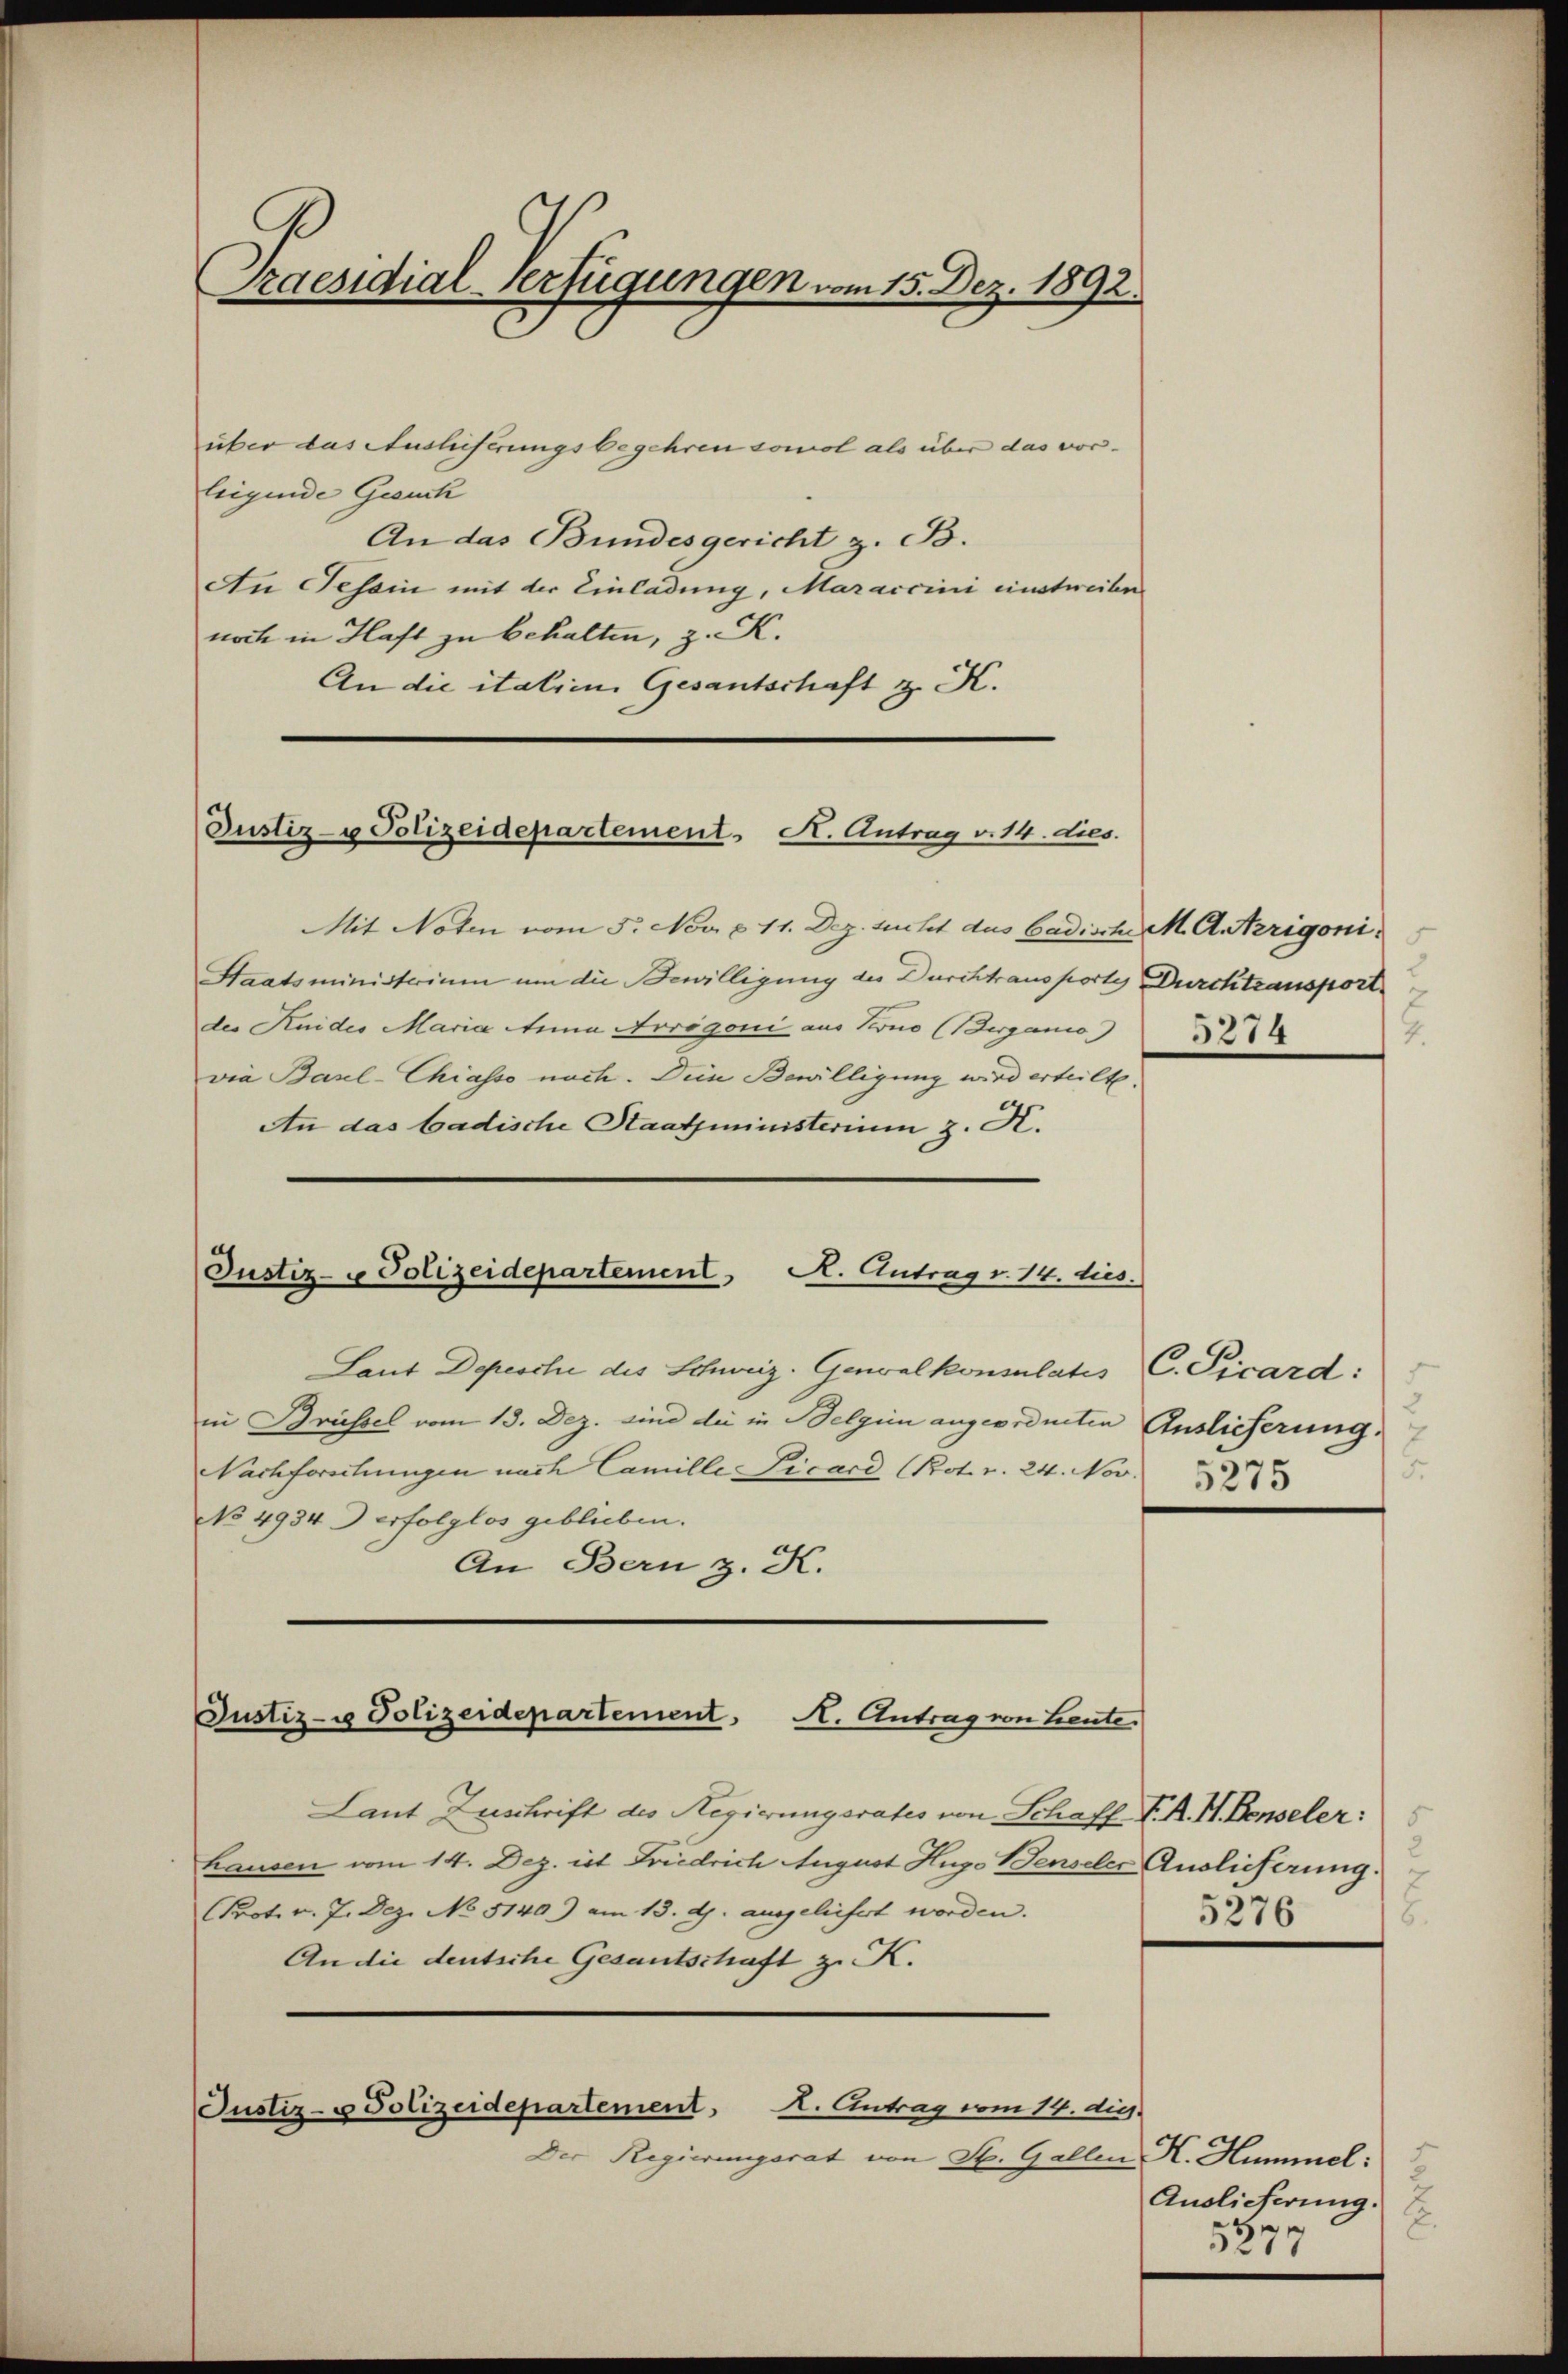
Praesidial-Verfügungen vom 15. Dez. 1892.

über das Auslieferungsbegehren sowol als über das vor-
leigende Gesuch
An das Bundesgericht z. B.
An Tessin mit der Einladung, Maraccini einstweilen
noch in Haft zu behalten, z. K.
An die italien Gesantschaft z. K.

Justiz- u Polizeidepartement. A. Antrag v. 14. dies.

Mit Noten vom 5. Nov. p. 11. Dez. sucht dus badische M. A. Azrigonis
Staatsministerium um die Bewilligung des Durchtransporte Durchtransport
der Knides Maria Anna Arrogoni aus Kruo (Berganis 214
via Barl-Chiasso nach. Dein Bewilligung wird erteilte.
An das badische Staatsministerium z. K.
R. Antrag v. 14. dies
Justiz- u Polizeidepartement

Laut Depesche des Schweiz. Genvalkonsulatis C. Picard:
in Brüssel vom 13. Dez. sind die in Belgien angeordneten Auslieferung,
Nachforschungen nach Camille Licard (Pot. v. 24. Nov. 1873
No 4934. erfolglos geblieben.
An Bern z. K.
Justiz- u Polizeidepartement. A. Antrag von Leute.
Laut Zuschrift des Regierungsrates von Schaff K. A. H. Denseler:
hausen vom 14. Dez. ist Friedrich August Hugo Senseler Auslieferung.
Prot. v. 7. Dez. No 5140) am 13. d. ausgeliefert worden.
An die deutsche Gesantschaft zu K.

Justiz- u Polizeidepartement. A. Antrag vom 14. die
Der Regierungsrat von St. Gallen K. Hummel:

4.

.
5.

5276
.

Auslieferung.
177
53